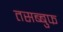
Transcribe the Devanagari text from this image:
तसब्बुफ